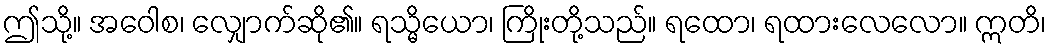
ဤသို့။ အဝေါစ၊ လျှောက်ဆို၏။ ရသ္မိယော၊ ကြိုးတို့သည်။ ရထော၊ ရထားလေလော။ ဣတိ၊